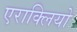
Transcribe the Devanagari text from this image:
एराक्लियो